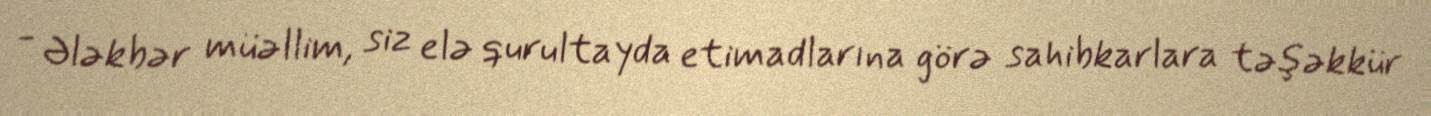
- Ələkbər müəllim, siz elə qurultayda etimadlarına görə sahibkarlara təşəkkür